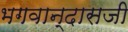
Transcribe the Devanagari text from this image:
भगवान्‌दासजी